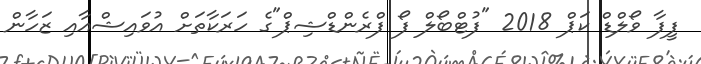
ފީފާ ވޯލްޑް ކަޕް 2018 "ފުޓްބޯލް ފޯ ފްރެންޑްޝިޕް"ގެ ހަރަކާތަށް އުވައިޝްއާއި ޒަހާން